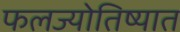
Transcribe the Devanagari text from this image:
फलज्योतिष्यात